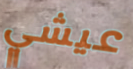
عيشي